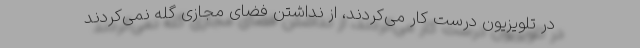
در تلویزیون درست کار می‌کردند، از نداشتن فضای مجازی گله نمی‌کردند